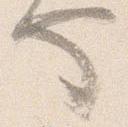
也